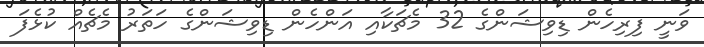
ވަނީ ފިރިހެން ޑިވިޝަންގެ 32 މެޗަކާއި އަންހެން ޑިވިޝަންގެ ހަތަރު މެޗެއް ކުޅެފަ